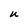
Character: U